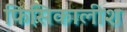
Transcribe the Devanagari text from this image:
फिसिकालीश